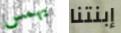
يهمس إبنتنا